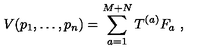
V ( p _ { 1 } , \ldots , p _ { n } ) = \sum _ { a = 1 } ^ { M + N } T ^ { ( a ) } F _ { a } \ ,